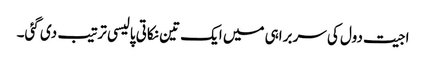
اجیت دول کی سربراہی میں ایک تین نکاتی پالیسی ترتیب دی گئی۔